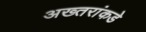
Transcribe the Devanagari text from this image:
अख्तरांकडे